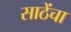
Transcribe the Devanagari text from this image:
साठेंचा